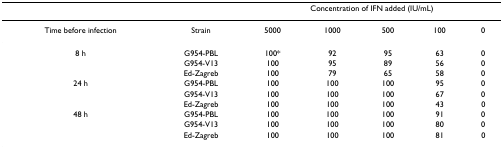
<table><thead><tr><td></td><td></td><td colspan="5"><b>Concentration of IFN added (IU/mL)</b></td></tr></thead><tbody><tr><td>Time before infection</td><td>Strain</td><td>5000</td><td>1000</td><td>500</td><td>100</td><td>0</td></tr><tr><td>8 h</td><td>G954-PBL</td><td>100*</td><td>92</td><td>95</td><td>63</td><td>0</td></tr><tr><td></td><td>G954-V13</td><td>100</td><td>95</td><td>89</td><td>56</td><td>0</td></tr><tr><td></td><td>Ed-Zagreb</td><td>100</td><td>79</td><td>65</td><td>58</td><td>0</td></tr><tr><td>24 h</td><td>G954-PBL</td><td>100</td><td>100</td><td>100</td><td>95</td><td>0</td></tr><tr><td></td><td>G954-V13</td><td>100</td><td>100</td><td>100</td><td>67</td><td>0</td></tr><tr><td></td><td>Ed-Zagreb</td><td>100</td><td>100</td><td>100</td><td>43</td><td>0</td></tr><tr><td>48 h</td><td>G954-PBL</td><td>100</td><td>100</td><td>100</td><td>91</td><td>0</td></tr><tr><td></td><td>G954-V13</td><td>100</td><td>100</td><td>100</td><td>80</td><td>0</td></tr><tr><td></td><td>Ed-Zagreb</td><td>100</td><td>100</td><td>100</td><td>81</td><td>0</td></tr></tbody></table>